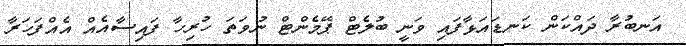
އަނބުރާ ދައްކަން ކަނޑައަޅާފައި ވަނީ ބުލެޓް ޕޭމެންޓް ނުވަތަ ހުރިހާ ފައިސާއެއް އެއްފަހަރާ